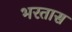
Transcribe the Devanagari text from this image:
भरतास